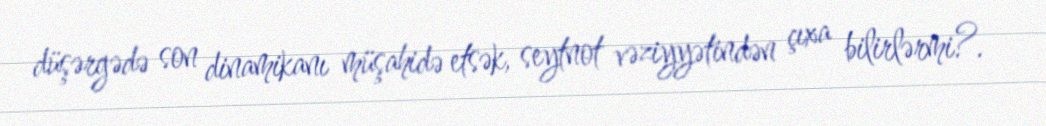
düşərgədə son dinamikanı müşahidə etsək, seytnot vəziyyətindən çıxa bilirlərmi?.